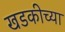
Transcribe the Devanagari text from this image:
खडकीच्या